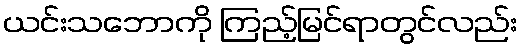
ယင်းသဘောကို ကြည့်မြင်ရာတွင်လည်း